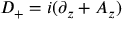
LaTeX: D _ { + } = i ( \partial _ { z } + A _ { z } )